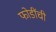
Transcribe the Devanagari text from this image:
फोडींची